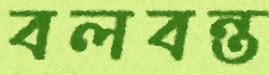
বলবন্ত